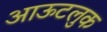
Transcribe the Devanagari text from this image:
आऊटलुक